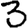
Digit: 3